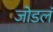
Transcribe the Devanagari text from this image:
जोडलं